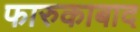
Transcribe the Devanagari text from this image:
फारुकाबाद